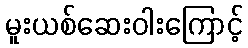
မူးယစ်ဆေးဝါးကြောင့်